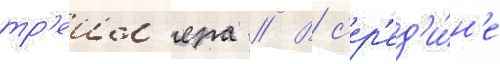
тр'еил'ера // В с'ер'ед'и́н'е